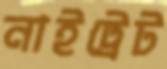
নাইট্রেট